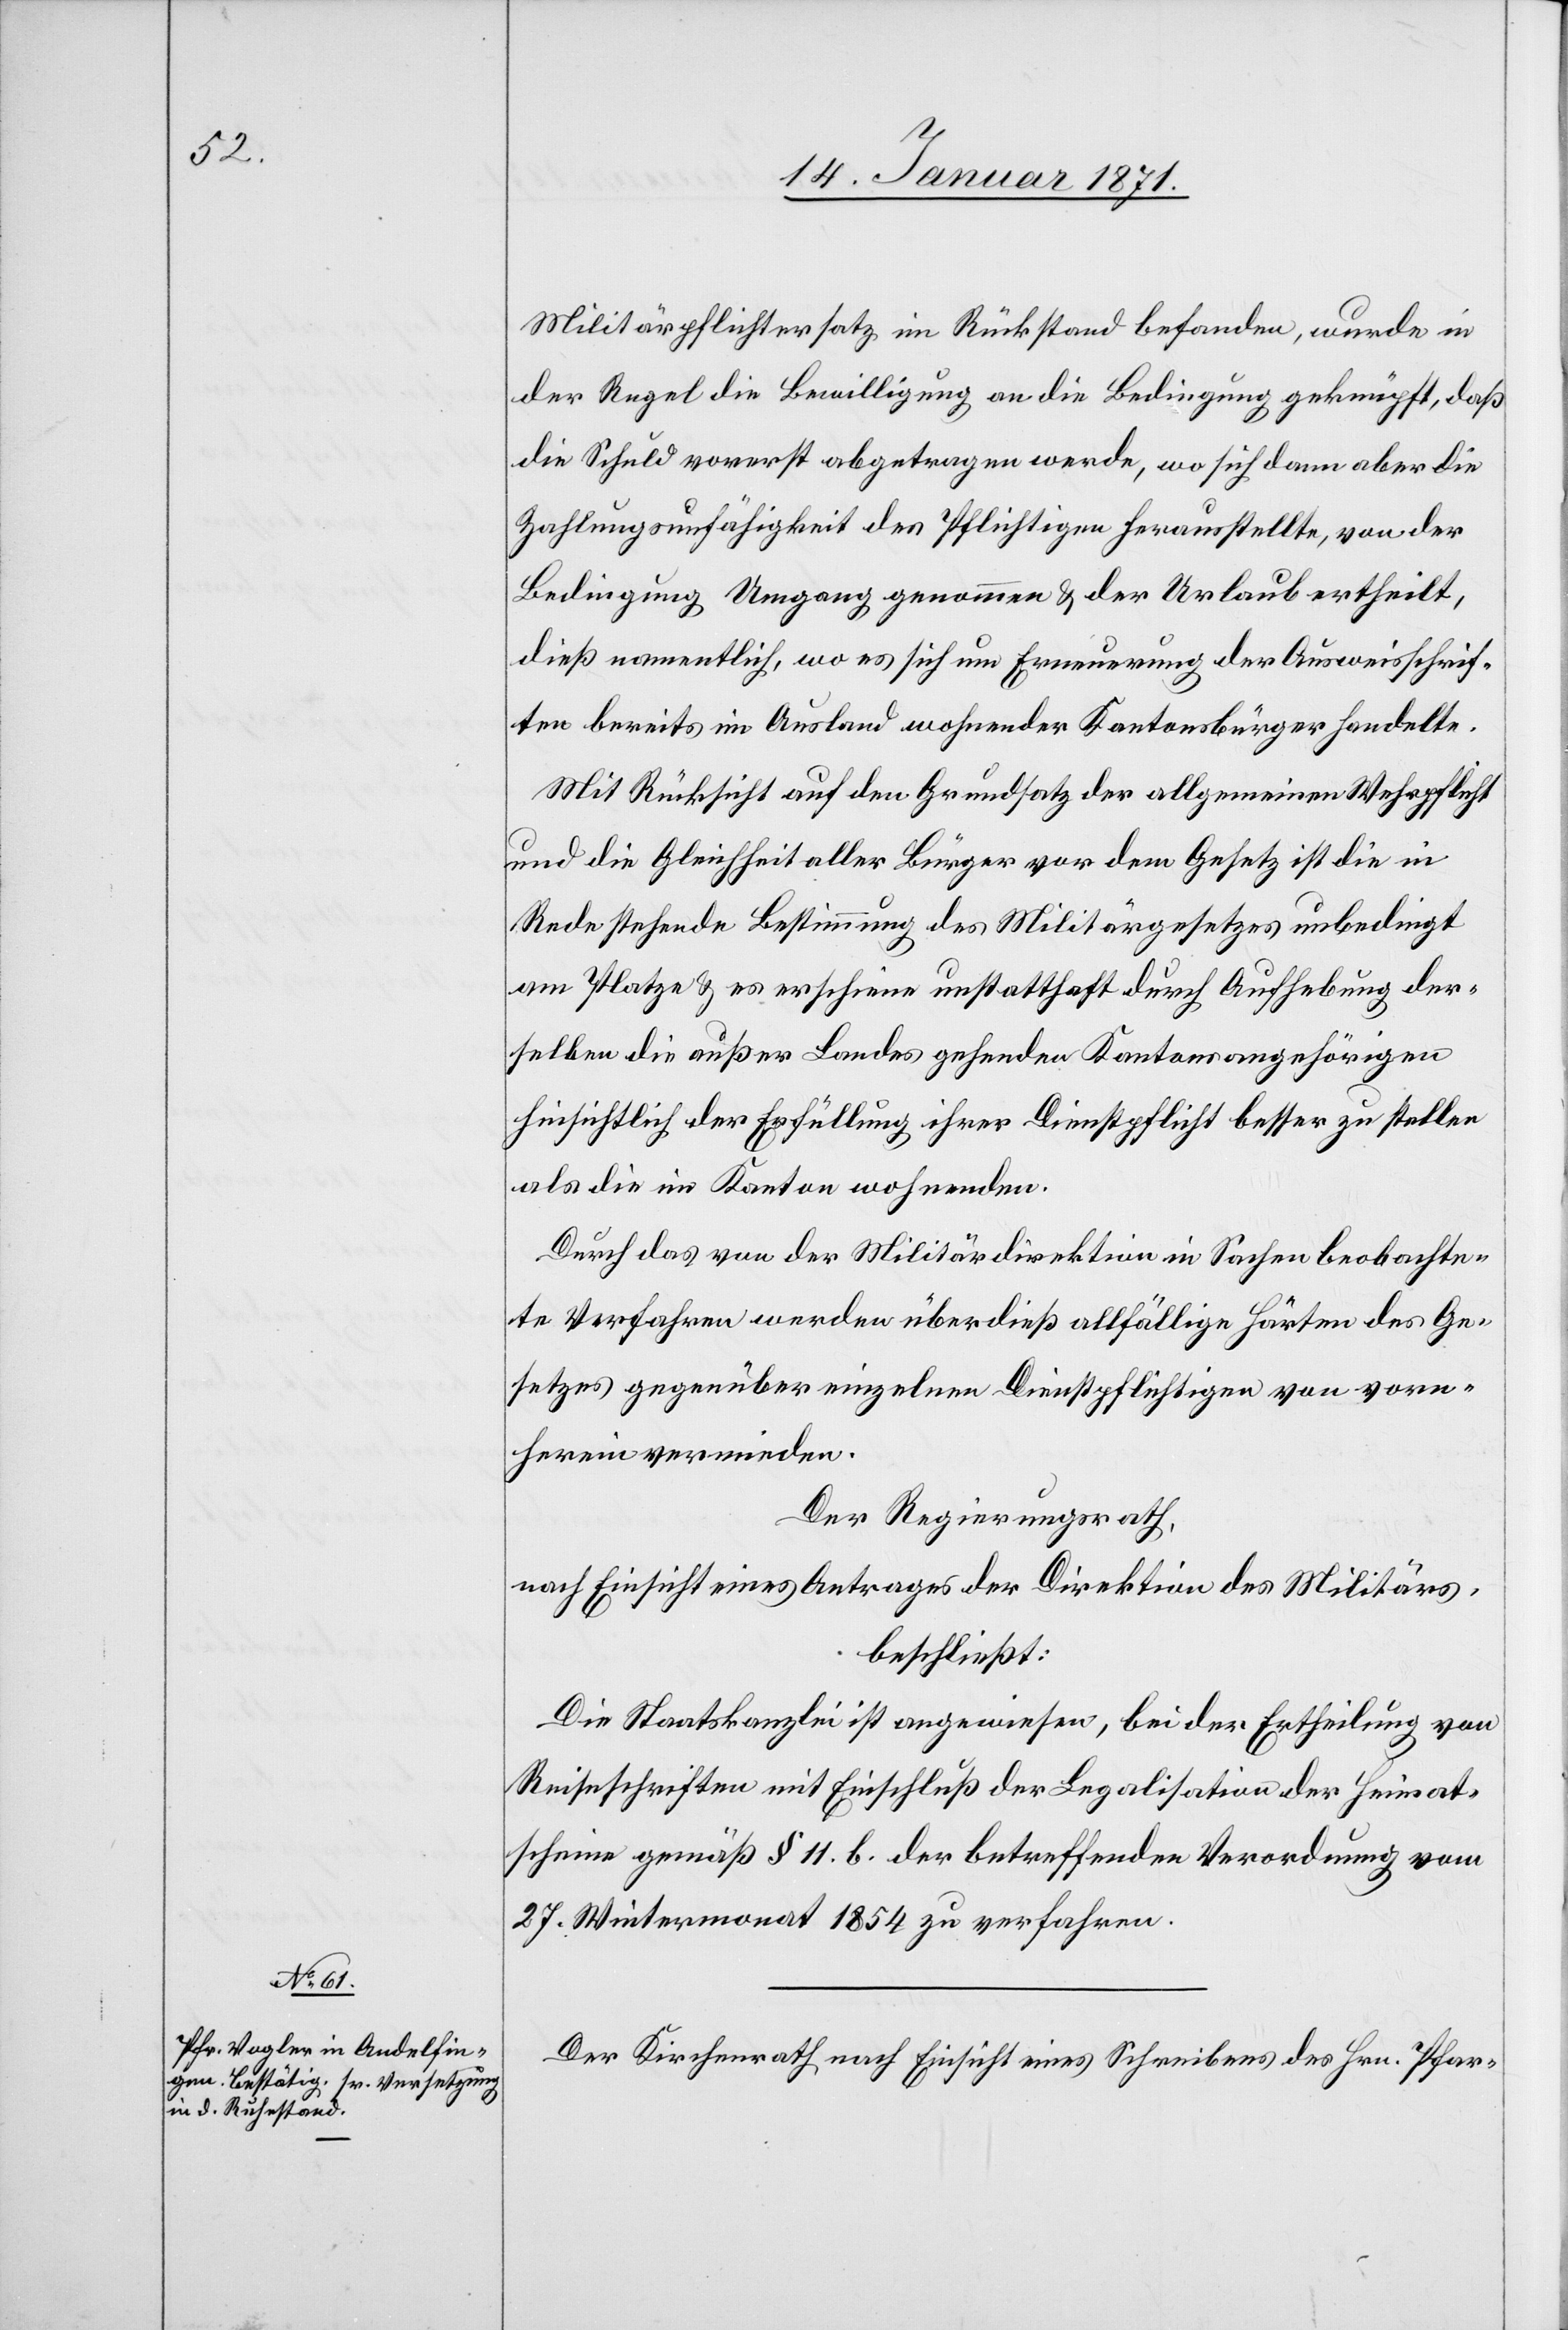
Militärpflichtersatz im Rückstand befanden, wurde in
der Regel die Bewilligung an die Bedingung geknüpft, daß
die Schuld vorerst abgetragen werde, wo sich dann aber die
Zahlungsunfähigkeit den Pflichtigen herausstellte, von der
Bedingung Umgang genommen u. der Urlaub ertheilt,
dieß namentlich, wo es sich um Erneuerung der Ausweisschrif¬
ten bereits im Ausland wohnender Kantonsbürger handelte.
Mit Rücksicht auf den Grundsatz der allgemeinen Wehrpflicht
und die Gleichheit aller Bürger vor dem Gesetz ist die in
Rede stehende Bestimmung des Militärgesetztes unbedingt
am Platze u. es erscheine unstatthaft durch Aufhebung der¬
selben die außer Landes gehenden Kantonsangehörigen
hinsichtlich der Erfüllung ihrer Dienstpflicht besser zu stellen
als die im Kanton wohnenden.
Durch das von der Militärdirektion in Sachen beobachte¬
te Verfahren werden überdieß allfällige Härten des Ge¬
setzes gegenüber einzelnen Dienstpflichtigen von vorn¬
herein vermieden.
Der Regierungsrath,
nach Einsicht eines Antrages der Direktion des Militärs,
beschließt:
Die Staatskanzlei ist angewiesen, bei der Ertheilung von
Reiseschriften mit Einschluß der Legalisation der Heimat¬
scheine gemäß § 11. b der betreffenden Verordnung vom
27. Wintermonat 1854 zu verfahren.
Der Kirchenrath nach Einsicht eines Schreibens des Hrn. Pfar-